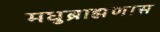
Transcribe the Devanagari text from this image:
मधुब्राह्मणास